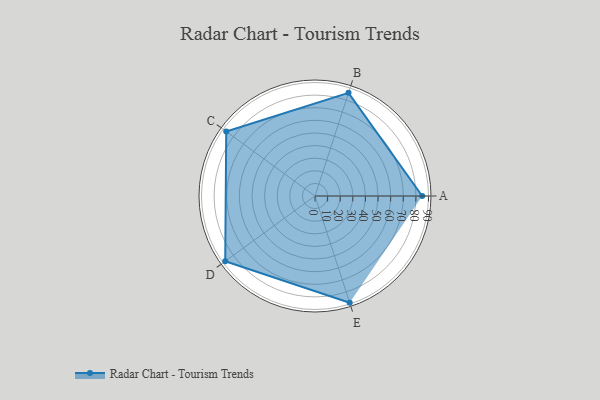
{"axis": {"x": "Skill", "y": "Score"}, "legend": ["Profile"], "data": [{"x": "A", "y": 85.0, "type": "Profile"}, {"x": "B", "y": 86.0, "type": "Profile"}, {"x": "C", "y": 87.0, "type": "Profile"}, {"x": "D", "y": 88.0, "type": "Profile"}, {"x": "E", "y": 89.0, "type": "Profile"}]}